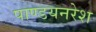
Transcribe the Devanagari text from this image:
पाण्डयनरेश